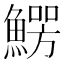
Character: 𩺑